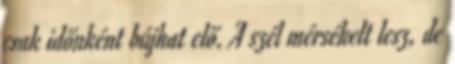
csak időnként bújhat elő. A szél mérsékelt lesz, de